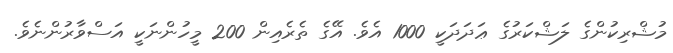
މުޝްރިކުންގެ ލަޝްކަރުގެ ޢަދަދަކީ 1000 އެވެ. އޭގެ ތެރެއިން 200 މީހުންނަކީ އަސްވާރުންނެވެ.